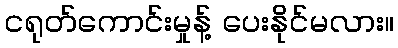
ငရုတ်ကောင်းမှုန့် ပေးနိုင်မလား။